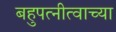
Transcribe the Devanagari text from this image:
बहुपत्नीत्वाच्या